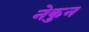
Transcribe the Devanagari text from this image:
नेकुन